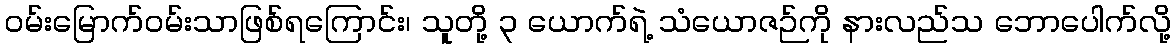
ဝမ်းမြောက်ဝမ်းသာဖြစ်ရကြောင်း၊ သူတို့ ၃ ယောက်ရဲ့ သံယောဇဉ်ကို နားလည်သ ဘောပေါက်လို့